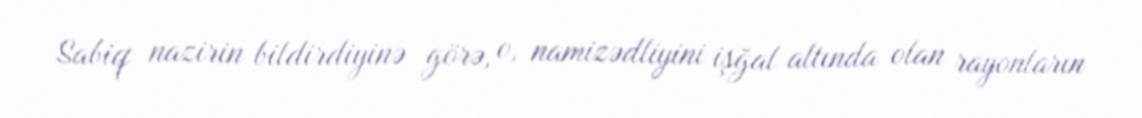
Sabiq nazirin bildirdiyinə görə, o, namizədliyini işğal altında olan rayonların